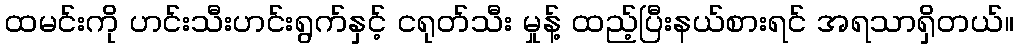
ထမင်းကို ဟင်းသီးဟင်းရွက်နှင့် ငရုတ်သီး မှုန့် ထည့်ပြီးနယ်စားရင် အရသာရှိတယ်။